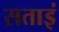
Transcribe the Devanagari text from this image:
सताइं